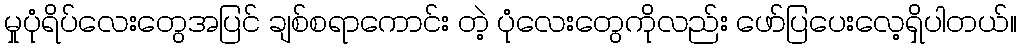
မှုပုံရိပ်လေးတွေအပြင် ချစ်စရာကောင်း တဲ့ ပုံလေးတွေကိုလည်း ဖော်ပြပေးလေ့ရှိပါတယ်။